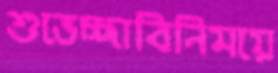
শুভেচ্ছাবিনিময়ে